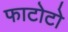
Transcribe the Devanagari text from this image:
फाटोटो